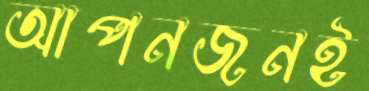
আপনজনই